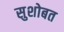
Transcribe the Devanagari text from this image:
सुशोबत